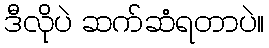
ဒီလိုပဲ ဆက်ဆံရတာပဲ။